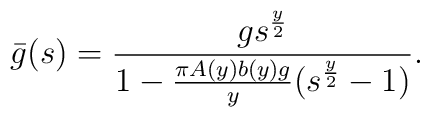
\bar{g}(s)=\frac{g s^{\frac{y}{2}}}{1-\frac{\pi  A(y)b(y)g}{y}(s^{\frac{y}{2}}-1)}.